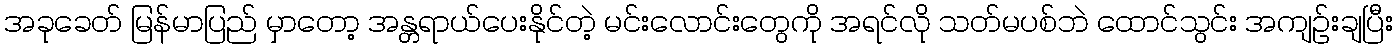
အခုခေတ် မြန်မာပြည် မှာတော့ အန္တရာယ်ပေးနိုင်တဲ့ မင်းလောင်းတွေကို အရင်လို သတ်မပစ်ဘဲ ထောင်သွင်း အကျဉ်းချပြီး